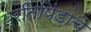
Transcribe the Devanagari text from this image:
प्रतिपिंडाचे